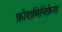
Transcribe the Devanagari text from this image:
फ़ोरामिनिफ़ेरा